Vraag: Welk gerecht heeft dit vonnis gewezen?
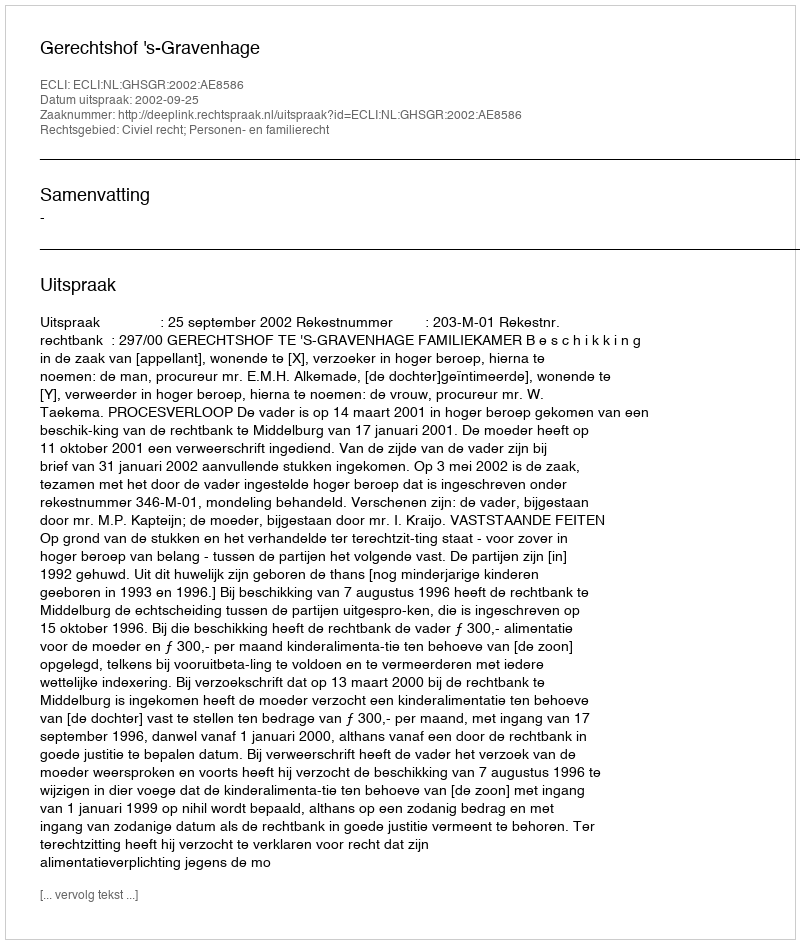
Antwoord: Gerechtshof 's-Gravenhage